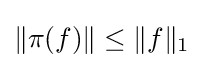
\|\pi (f)\|\leq \|f\|_{1}